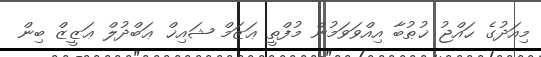
މިއަދުގެ ޙައްޖު ޚުޠުބާ އިއްވަވަމުން މުފްތީ ޢަޒަމް ޝައިޚް ޢަބްދުލް ޢަޒީޒް ބިން